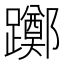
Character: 躑